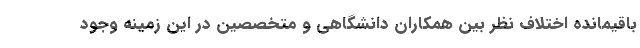
باقیمانده اختلاف نظر بین همکاران دانشگاهی و متخصصین در این زمینه وجود